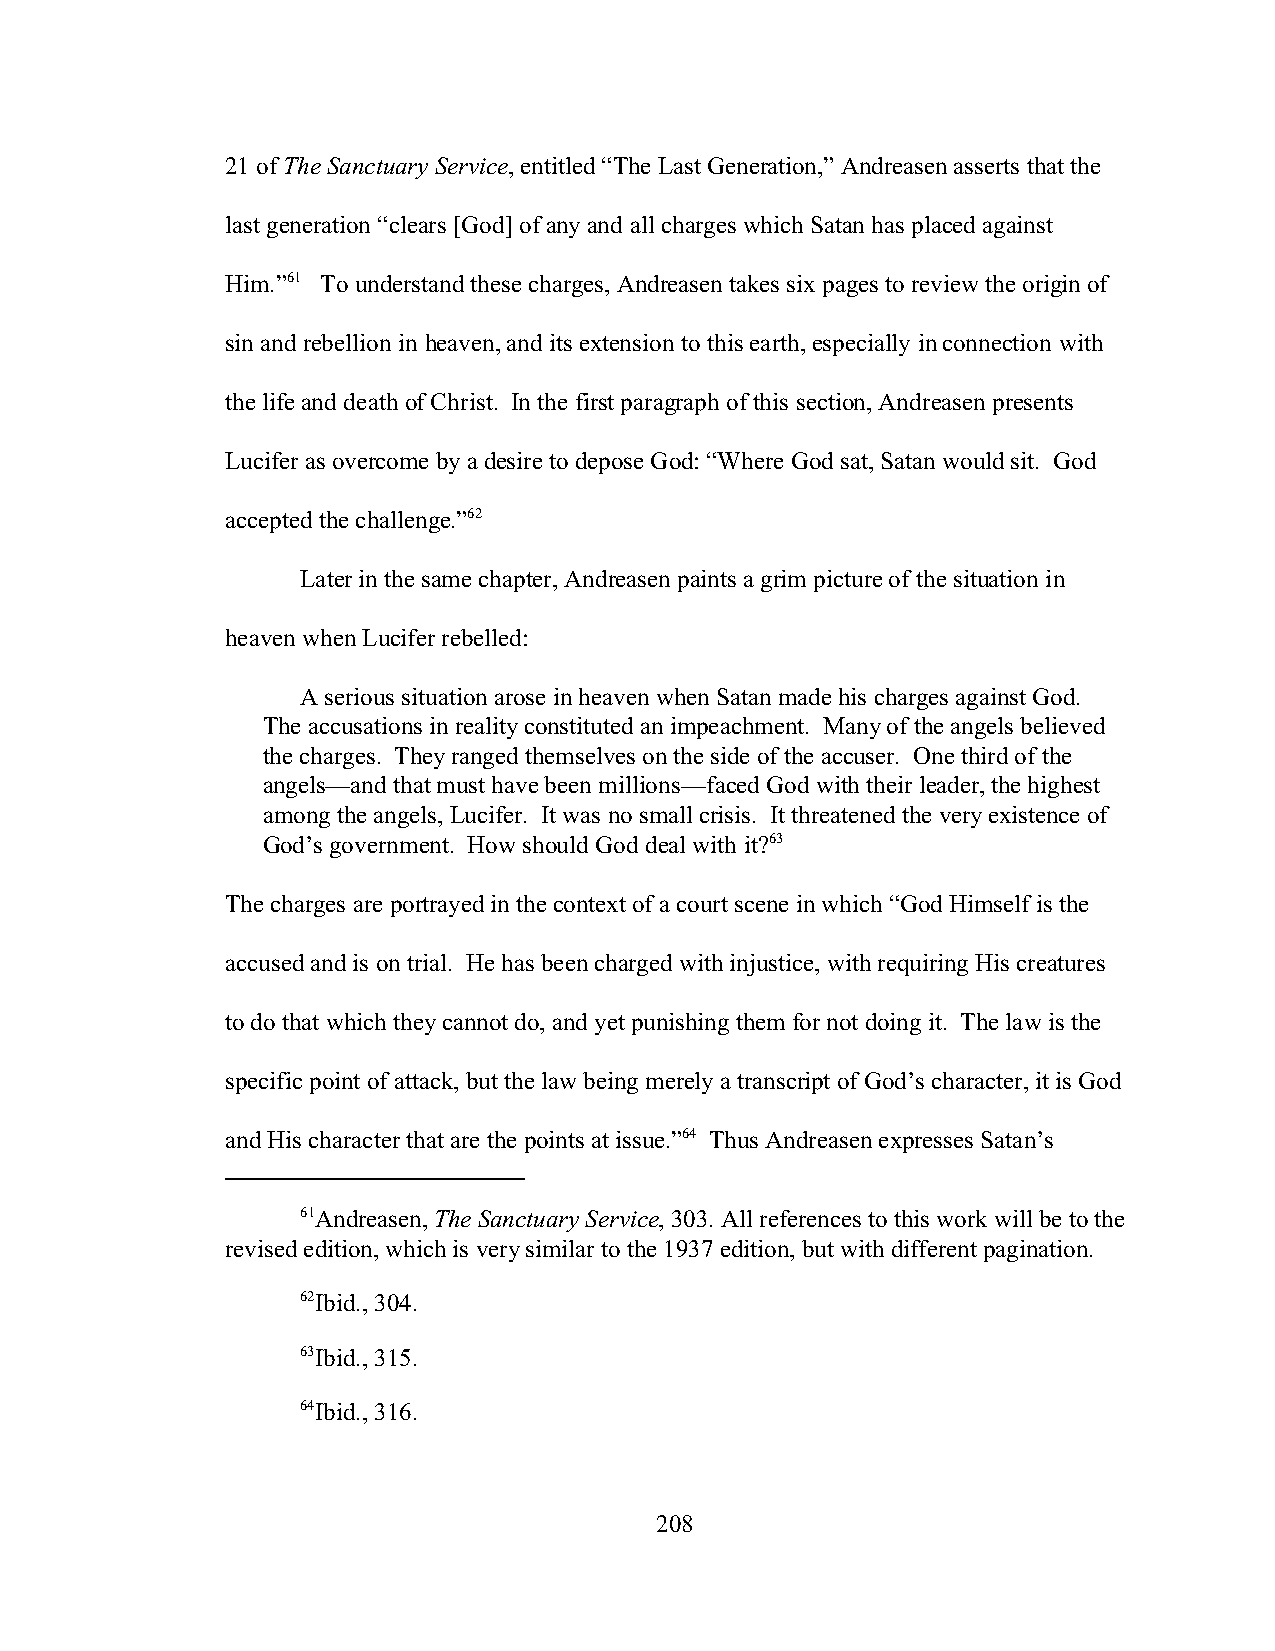
21 of The Sanctuary Service, entitled “The Last Generation,” Andreasen asserts that the
 last generation “clears [God] of any and all charges which Satan has placed against
 Him.”61 To understand these charges, Andreasen takes six pages to review the origin of
 sin and rebellion in heaven, and its extension to this earth, especially in connection with
 the life and death of Christ. In the first paragraph of this section, Andreasen presents
 Lucifer as overcome by a desire to depose God: “Where God sat, Satan would sit. God
 accepted the challenge.”62
 Later in the same chapter, Andreasen paints a grim picture of the situation in
 heaven when Lucifer rebelled:
 A serious situation arose in heaven when Satan made his charges against God.
 The accusations in reality constituted an impeachment. Many of the angels believed
 the charges. They ranged themselves on the side of the accuser. One third of the
 angels—and that must have been millions—faced God with their leader, the highest
 among the angels, Lucifer. It was no small crisis. It threatened the very existence of
 God’s government. How should God deal with it?63
 The charges are portrayed in the context of a court scene in which “God Himself is the
 accused and is on trial. He has been charged with injustice, with requiring His creatures
 to do that which they cannot do, and yet punishing them for not doing it. The law is the
 specific point of attack, but the law being merely a transcript of God’s character, it is God
 and His character that are the points at issue.”64 Thus Andreasen expresses Satan’s
 61Andreasen, The Sanctuary Service, 303. All references to this work will be to the
 revised edition, which is very similar to the 1937 edition, but with different pagination.
 62Ibid., 304.
 63Ibid., 315.
 64Ibid., 316.
 208